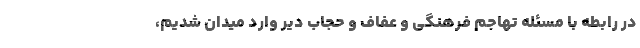
در رابطه با مسئله تهاجم فرهنگی و عفاف و حجاب دیر وارد میدان شدیم،